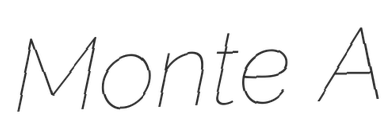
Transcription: Monte A